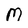
Character: M